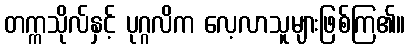
တက္ကသိုလ်နှင့် ပုဂ္ဂလိက လေ့လာသူများဖြစ်ကြ၏။